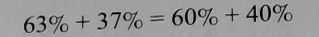
6 3 \% + 3 7 \% = 6 0 \% + 4 0 \%